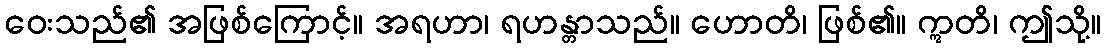
ဝေးသည်၏ အဖြစ်ကြောင့်။ အရဟာ၊ ရဟန္တာသည်။ ဟောတိ၊ ဖြစ်၏။ ဣတိ၊ ဤသို့။